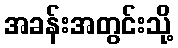
အခန်းအတွင်းသို့